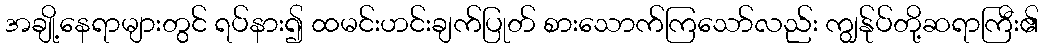
အချို့နေရာများတွင် ရပ်နား၍ ထမင်းဟင်းချက်ပြုတ် စားသောက်ကြသော်လည်း ကျွန်ုပ်တို့ဆရာကြီး၏